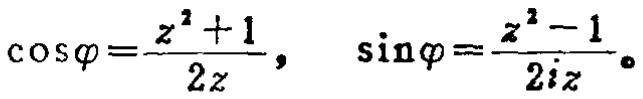
\(\cos\varphi=\frac{z^{2}+1}{2z},\ \sin\varphi=\frac{z^{2}-1}{2iz}\)